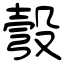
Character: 彀